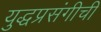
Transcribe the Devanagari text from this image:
युद्धप्रसंगीची